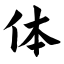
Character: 体